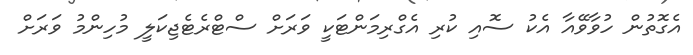
އެގޮތުން ހުވާވޭއާ އެކު ސޮއި ކުރި އެގްރިމަންޓަކީ ވަރަށް ސްޓްރެޓެޖިކަލީ މުހިންމު ވަރަށް